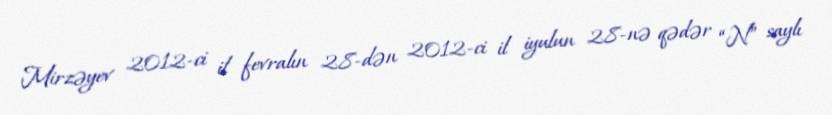
Mirzəyev 2012-ci il fevralın 28-dən 2012-ci il iyulun 28-nə qədər “N” saylı